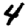
Digit: 4